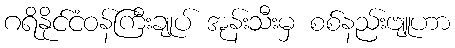
ဂရိနိုင်ငံဝန်ကြီးချုပ် အုန်းသီးမှ စစ်နည်းဗျူဟာ